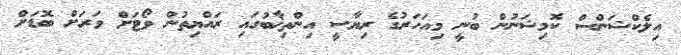
އިލެކްޝަންސް ކޮމިޝަނުން ބުނީ މިއަހަރުގެ ރިޔާސީ އިންތިޚާބުގައި ރައްޔިތުން ވޯޓަށް ވަރަށް ބޮޑަށް